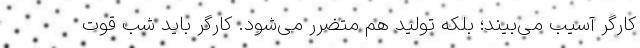
کارگر آسیب می‌بیند؛ بلکه تولید هم متضرر می‌شود. کارگر باید شب قوت